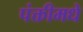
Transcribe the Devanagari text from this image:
पंक्तीमधे